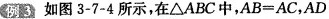
例3 如图3-7-4所示，在△ABC中，AB=AC，AD